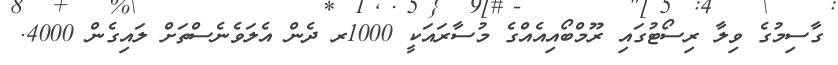
ގާސިމުގެ ވިލާ ރިސޯޓުގައި ރޫމްބޯއިއެއްގެ މުސާރައަކީ 1000ރ ދެން އެލަވެނެސްތަށް ލައިގެން 4000.